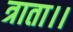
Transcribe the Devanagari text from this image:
त्राता।।